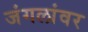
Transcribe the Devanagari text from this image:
जंगलांवर